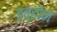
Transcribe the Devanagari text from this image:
इव्होन